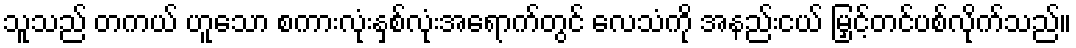
သူသည် တကယ် ဟူသော စကားလုံးနှစ်လုံးအရောက်တွင် လေသံကို အနည်းငယ် မြှင့်တင်ပစ်လိုက်သည်။